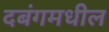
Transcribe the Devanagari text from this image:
दबंगमधील